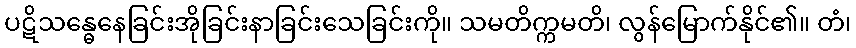
ပဋိသန္ဓေနေခြင်းအိုခြင်းနာခြင်းသေခြင်းကို။ သမတိက္ကမတိ၊ လွန်မြောက်နိုင်၏။ တံ၊